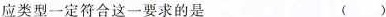
应类型一定符合这一要求的是 ()